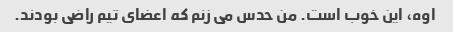
اوه، این خوب است. من حدس می زنم که اعضای تیم راضی بودند.